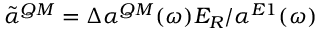
\tilde { \alpha } ^ { Q M } = \Delta \alpha ^ { Q M } ( \omega ) E _ { R } / \alpha ^ { E 1 } ( \omega )